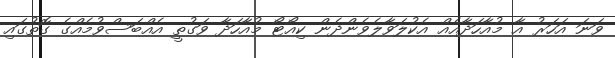
ވަނަ އަހަރު އާ މުއާހަދާއެއް އެކުލަވާލެވެންދެން ކިއޯޓޯ މުއާހަދާ ވަގުތީ އެއްބަސްވުމެއްގެ ގޮތުގައި